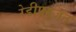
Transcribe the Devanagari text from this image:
रेडीफ्यूजन